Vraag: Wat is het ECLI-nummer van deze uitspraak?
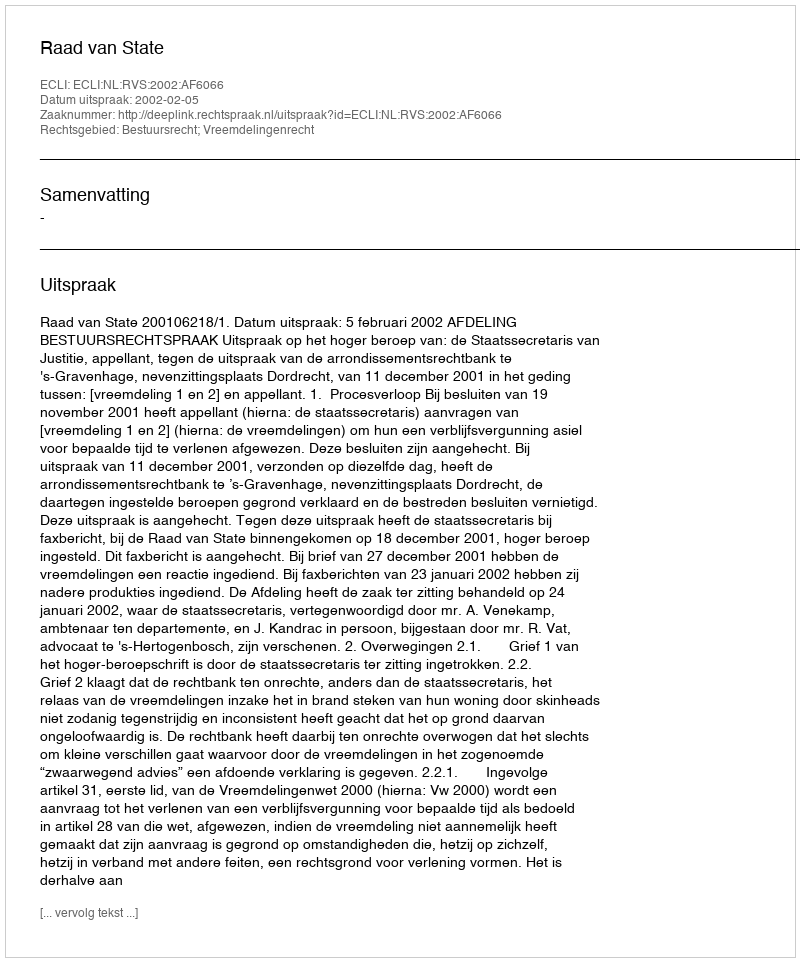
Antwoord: ECLI:NL:RVS:2002:AF6066